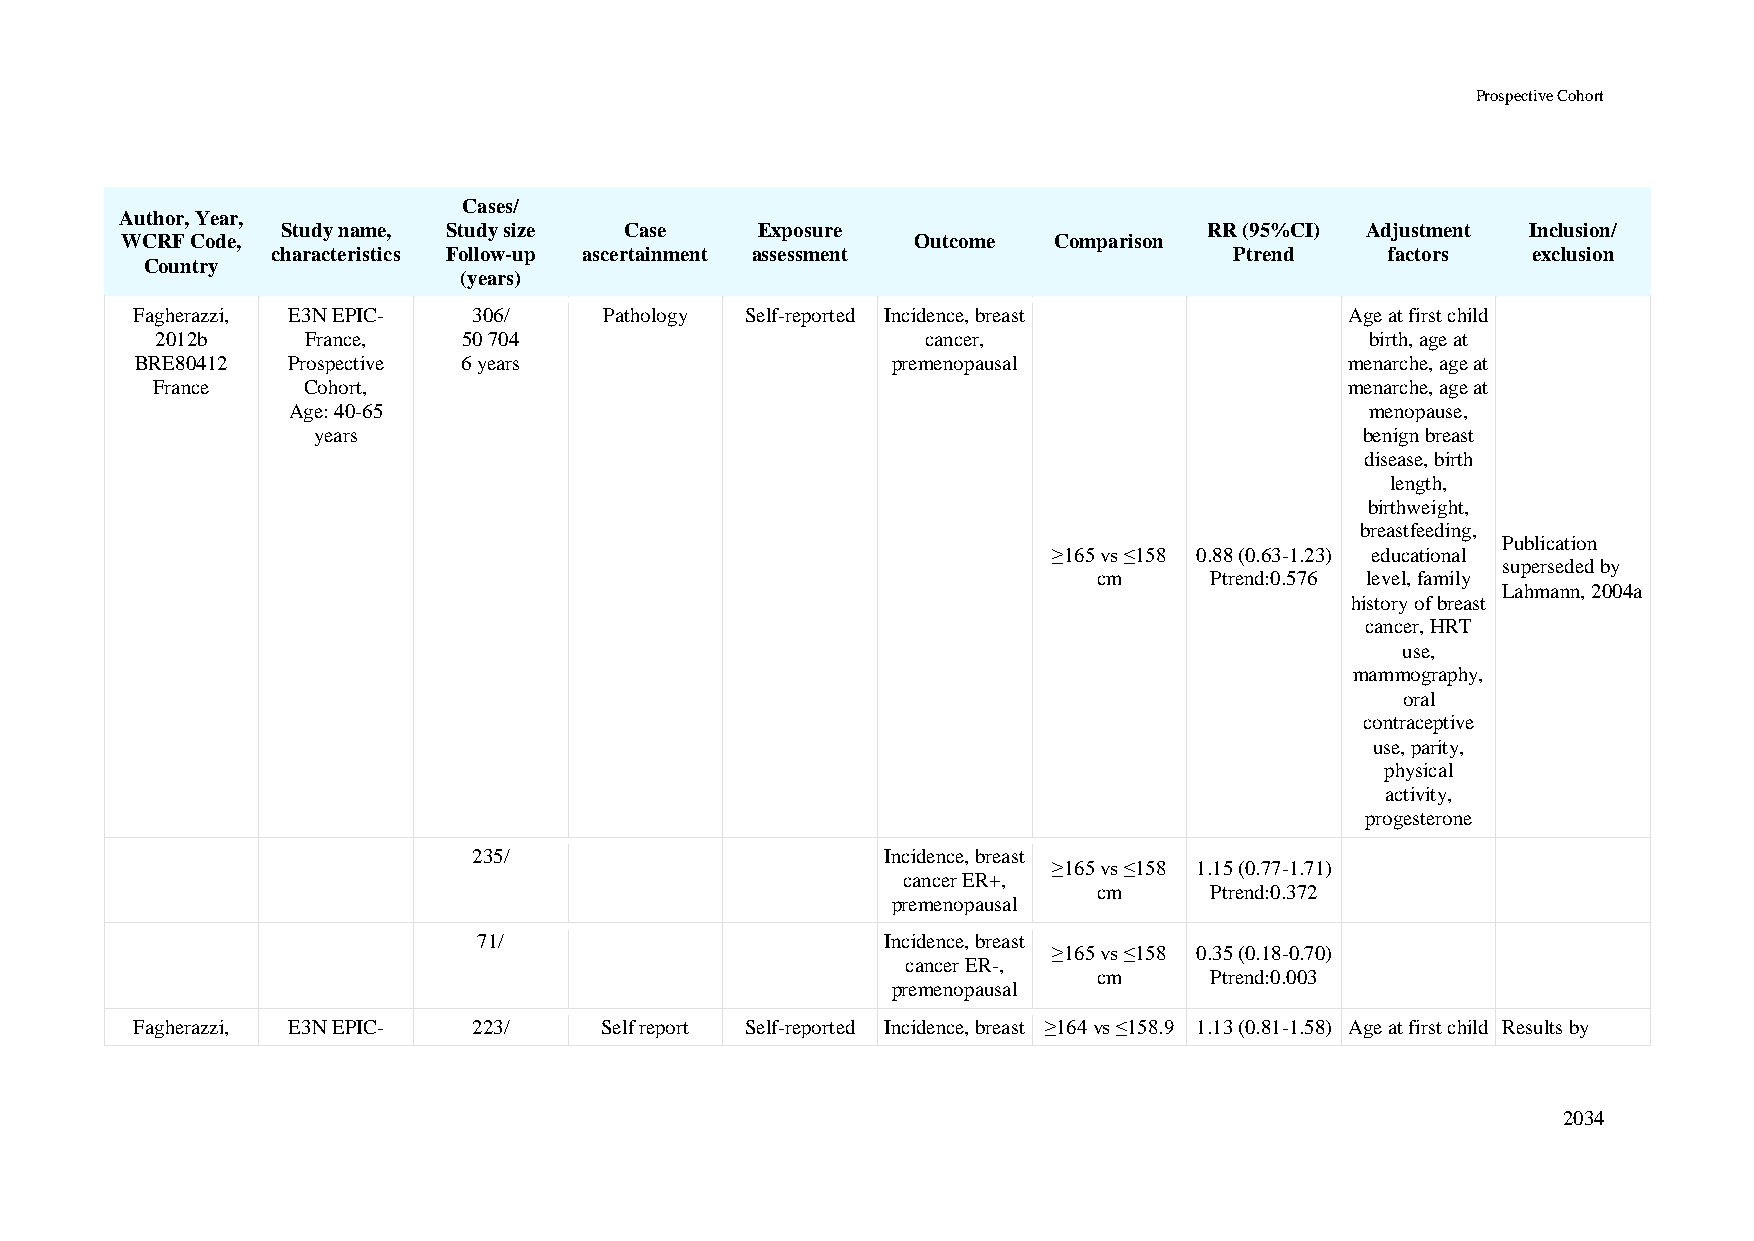
Prospective Cohort
 Cases/
 Author, Year,
 Study name, Study size Case    Exposure                      RR (95%CI) Adjustment Inclusion/
 WCRF Code,                                           Outcome  Comparison
 characteristics Follow-up ascertainment assessment              Ptrend    factors  exclusion
 Country
 (years)
 Fagherazzi, E3N EPIC- 306/     Pathology Self-reported Incidence, breast        Age at first child
 2012b     France,    50 704                        cancer,                       birth, age at
 BRE80412  Prospective 6 years                     premenopausal                 menarche, age at
 France    Cohort,                                                              menarche, age at
 Age: 40-65                                                              menopause,
 years                                                                benign breast
 disease, birth
 length,
 birthweight,
 breastfeeding,
 Publication
 ≥165 vs ≤158 0.88 (0.63-1.23) educational
 superseded by
 cm     Ptrend:0.576 level, family
 Lahmann, 2004a
 history of breast
 cancer, HRT
 use,
 mammography,
 oral
 contraceptive
 use, parity,
 physical
 activity,
 progesterone
 235/                        Incidence, breast
 ≥165 vs ≤158 1.15 (0.77-1.71)
 cancer ER+,
 cm     Ptrend:0.372
 premenopausal
 71/                        Incidence, breast
 ≥165 vs ≤158 0.35 (0.18-0.70)
 cancer ER-,
 cm     Ptrend:0.003
 premenopausal
 Fagherazzi, E3N EPIC- 223/     Self report Self-reported Incidence, breast ≥164 vs ≤158.9 1.13 (0.81-1.58) Age at first child Results by
 2034